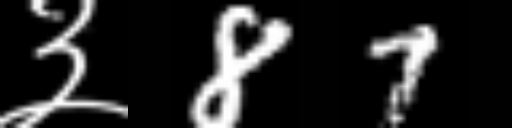
Text: ३87